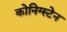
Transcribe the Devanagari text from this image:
कोनिग्स्टेन